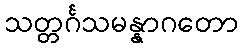
သတ္တင်္ဂသမန္နာဂတော